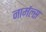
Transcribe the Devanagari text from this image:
नार्मल्स